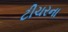
ટીચરના